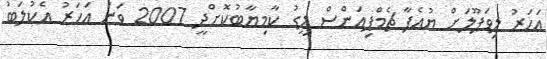
އަހަރު ލިވަޕޫލަށް ޔުއެފާ ޗެމްޕިއަންސް ލީގު ކާމިޔާބުކޮށްދީ 2007 ވަނަ އަހަރު އެކުލަބު